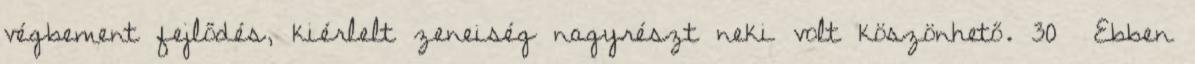
végbement fejlődés, kiérlelt zeneiség nagyrészt neki volt köszönhető. 30 Ebben